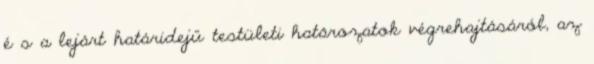
é s a lejárt határidejű testületi határozatok végrehajtásáról, az